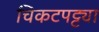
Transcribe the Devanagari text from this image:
चिकटपट्ट्या